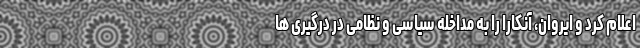
اعلام کرد و ایروان، آنکارا را به مداخله سیاسی و نظامی در درگیری ها